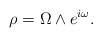
LaTeX: \begin{align*}\rho = \Omega\wedge e^{i\omega}.\end{align*}